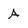
Character: A